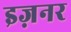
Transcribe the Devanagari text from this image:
इज़नर